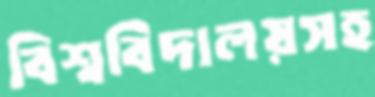
বিশ্ববিদালয়সহ